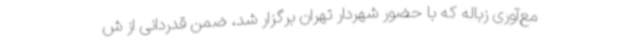
مع‌آوری زباله که با حضور شهردار تهران برگزار شد، ضمن قدردانی از ش